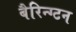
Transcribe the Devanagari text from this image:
बैरिन्ग्टन